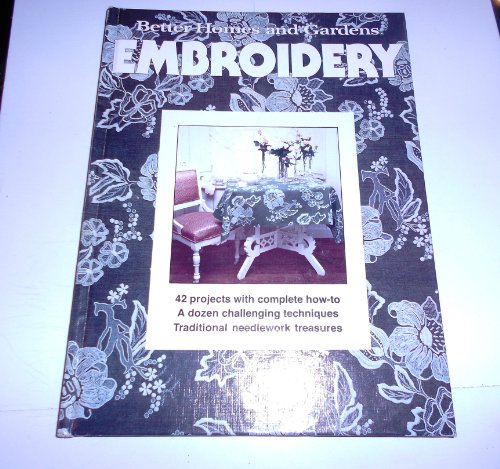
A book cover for Better Homes and Gardens Embroidery; Gerald KNOX; Cookbooks, Food & Wine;